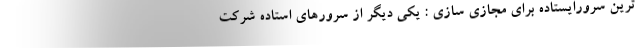
ترین سرورایستاده برای مجازی سازی : یکی دیگر از سرورهای استاده شرکت